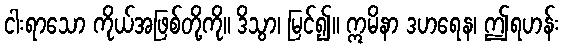
ငါးရာသော ကိုယ်အဖြစ်တို့ကို။ ဒိသွာ၊ မြင်၍။ ဣမိနာ ဒဟရေန၊ ဤရဟန်း